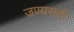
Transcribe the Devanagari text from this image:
जण्यसठी